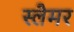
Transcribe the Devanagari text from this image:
स्लैमर